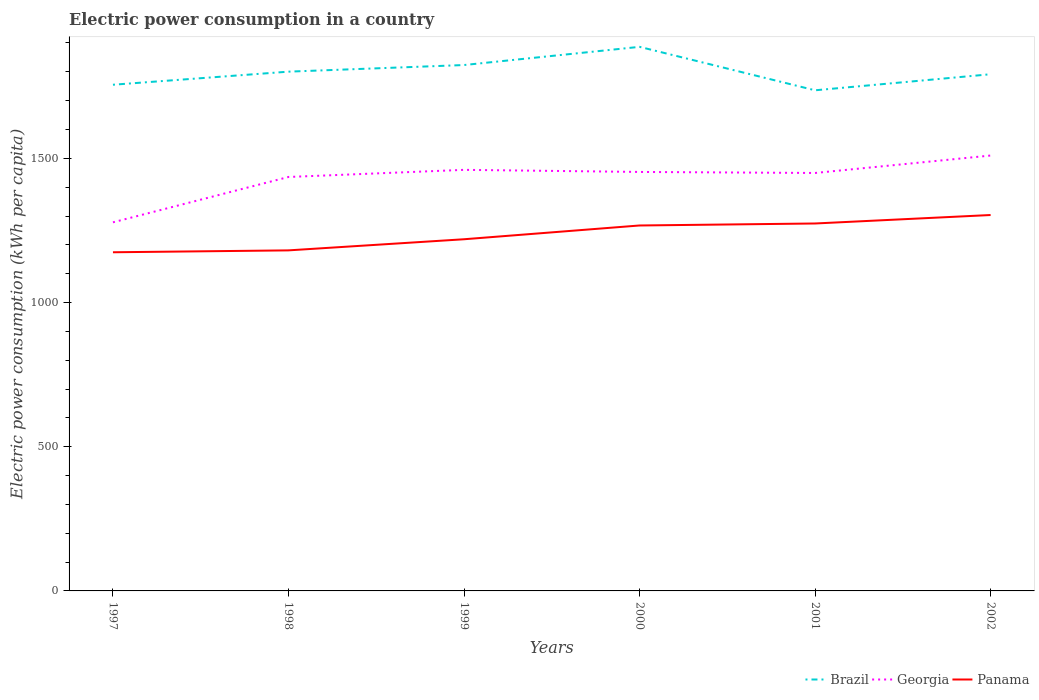
| Years | Brazil | Georgia | Panama |
 | --- | --- | --- | --- |
 | 1997 | 1.76e+03 | 1.28e+03 | 1.17e+03 |
 | 1998 | 1.8e+03 | 1.44e+03 | 1.18e+03 |
 | 1999 | 1.82e+03 | 1.46e+03 | 1.22e+03 |
 | 2000 | 1.89e+03 | 1.45e+03 | 1.27e+03 |
 | 2001 | 1.74e+03 | 1.45e+03 | 1.27e+03 |
 | 2002 | 1.79e+03 | 1.51e+03 | 1.3e+03 |